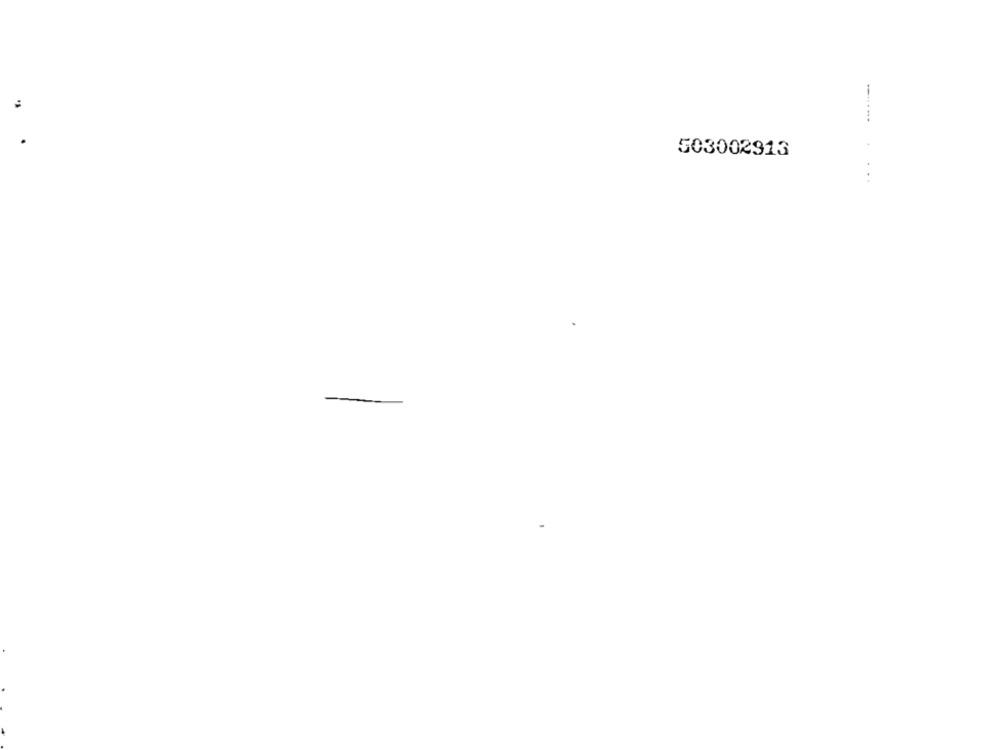
503002913
...
--